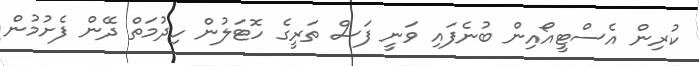
ކުރިން އެސްޓީއޯއިން ބުނެފައި ވަނީ ފަސް ތަރީގެ ހޮޓަލުން ހިދުމަތް ދޭން ފެށުމުން